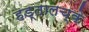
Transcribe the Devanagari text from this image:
हड्तालच्के